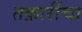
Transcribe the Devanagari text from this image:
तक्रारींचा